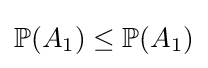
\mathbb {P} (A_{1})\leq \mathbb {P} (A_{1})